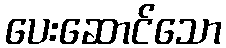
ပေးဆောင်သော